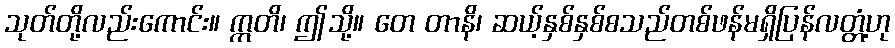
သုတ်တို့လည်းကောင်း။ ဣတိ၊ ဤသို့။ တေ တာနိ၊ ဆယ့်နှစ်နှစ်စသည်တစ်ဖန်မရှိပြန်လတ္တံ့ဟု